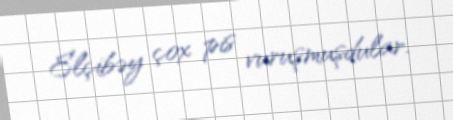
Elçibəy çox pis vuruşmuşdular.